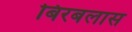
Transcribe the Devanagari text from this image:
बिरबलास